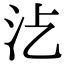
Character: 𣲁